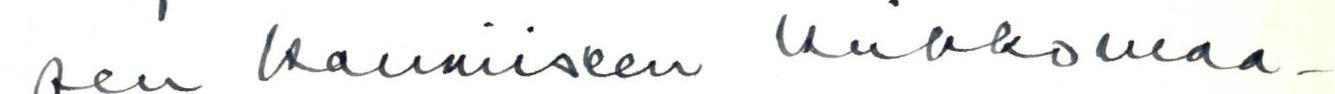
sen kauniiseen kirkkomaa-